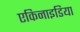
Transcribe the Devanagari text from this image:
एकिनाइडिया